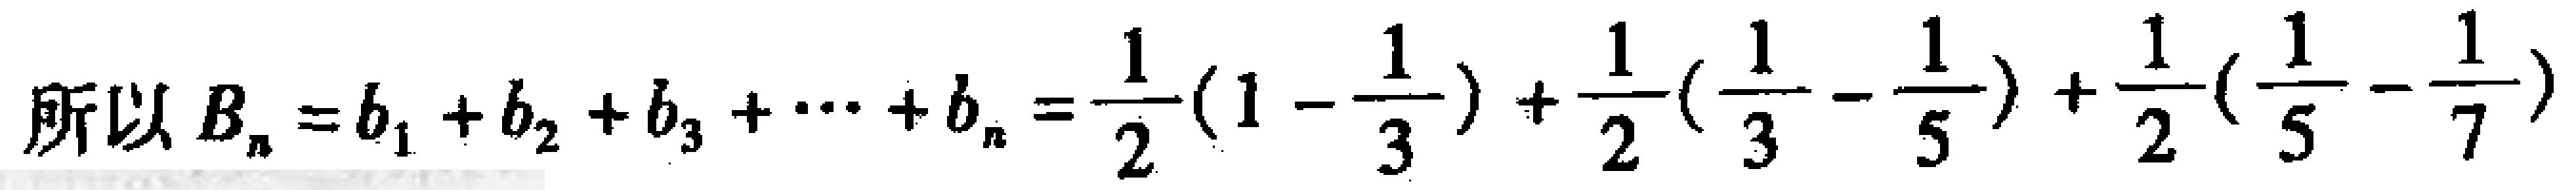
所以 \(B_{n}=b_{1}+b_{2}+b_{3}+\cdots +b_{n}=\frac{1}{2}(1 - \frac{1}{3})+\frac{1}{2}(\frac{1}{3}-\frac{1}{5})+\frac{1}{2}(\frac{1}{5}-\frac{1}{7})\)